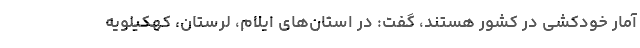
آمار خودکشی در کشور هستند، گفت: در استان‌های ایلام، لرستان، کهکیلویه